Civil Veterinary Dept. Bombay admin report 1900-1906 - 1900-1906
Year: 1900
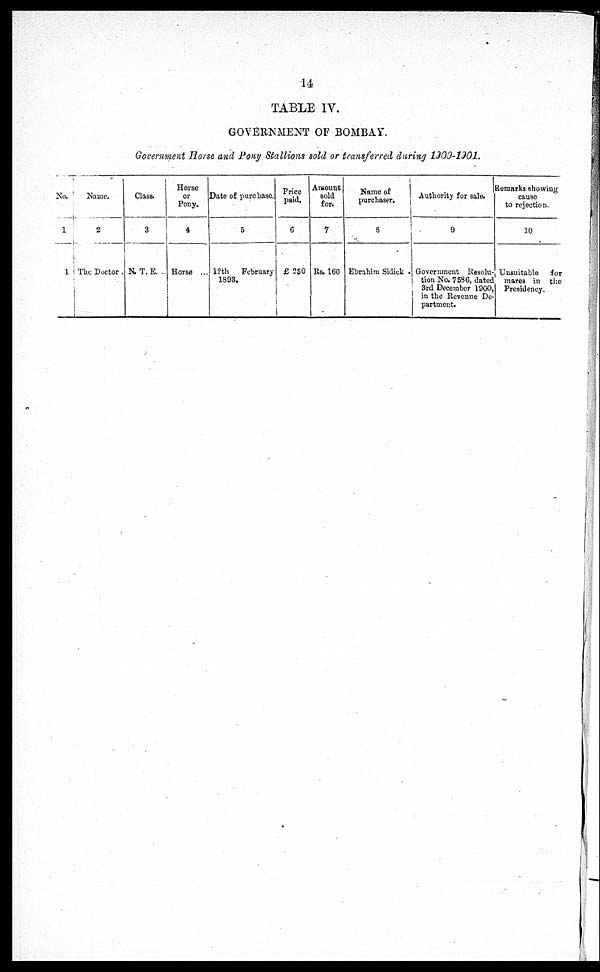
14
TABLE IV.
GOVERNMENT OF BOMBAY.
Government Horse and Pony Stallions sold or transferred during 1900-1901.
No.
1
1
Name.
2
The Doctor .
Class.
3
N. T. E. ..
Horse
or
Pony.
4
Horse ...
Date of purchase.
5
12th
February
1893.
Price
paid.
6
£ 250
Amount
sold
for.
7
Rs. 160
Name of
purchaser.
3
Ebrahim Sidick
Authority for sale.
9
Governmeut Resolu-
tion No. 7586, dated
3rd December 1900,
in the Revenue De-
partment.
Remarks showing
cause
to rejection.
10
Unsuitable
for
mares in the
Presidency.